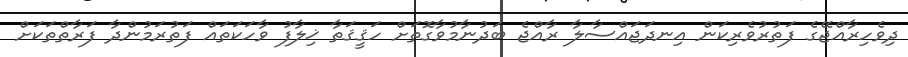
ދިވެހިރާއްޖޭގެ ފަތުރުވެރިކަން އިނދަޖައްސާލާ ރާއްޖެ ބަދުނާމުވާގޮތަށް ހަޤީޤަތާ ޚިލާފު ވާހަކަތައް ފަތުރަމުންދާ ފަރާތްތަކަށް